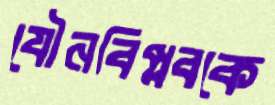
যৌনবিপ্লবকে